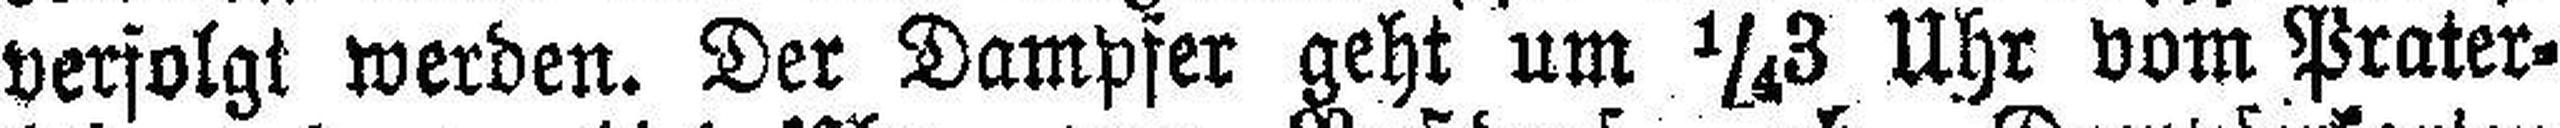
verfolgt werden. Der Dampfer geht um ¼3 Uhr vom Prater¬